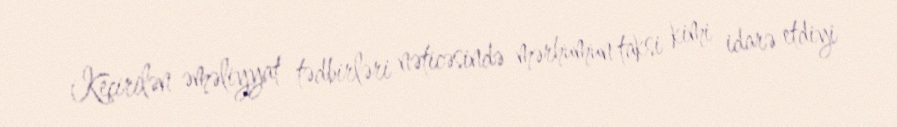
Keçirilən əməliyyat tədbirləri nəticəsində mərhumun taksi kimi idarə etdiyi